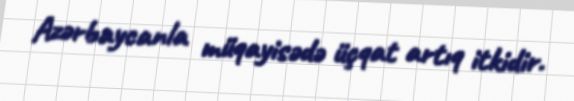
Azərbaycanla müqayisədə üçqat artıq itkidir.